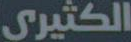
الكثيري